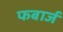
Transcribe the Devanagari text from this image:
फबार्ज